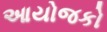
આયોજકો